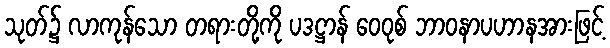
သုတ်၌ လာကုန်သော တရားတို့ကို ပဒဋ္ဌာန် ဝေဝုစ် ဘာဝနာပဟာနအားဖြင့်